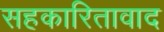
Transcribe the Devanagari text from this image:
सहकारितावाद